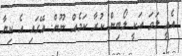
އެއީ ލަވަ އަކީ ލޯބިން ކުރާ ކަމެއް ނޫން. އޭގައި އެ ކިޔާ